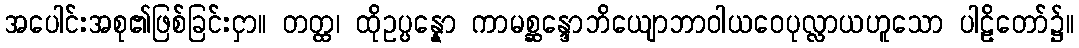
အပေါင်းအစု၏ဖြစ်ခြင်းငှာ။ တတ္ထ၊ ထိုဥပ္ပန္နော ကာမစ္ဆန္ဒောဘိယျောဘာဝါယဝေပုလ္လာယဟူသော ပါဠိတော်၌။